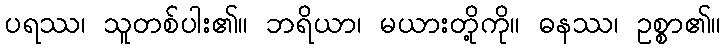
ပရဿ၊ သူတစ်ပါး၏။ ဘရိယာ၊ မယားတို့ကို။ ဓနဿ၊ ဥစ္စာ၏။